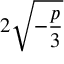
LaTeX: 2 { \sqrt { - { \frac { p } { 3 } } } }